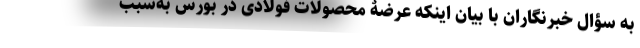
به سؤال خبرنگاران با بیان اینکه عرضۀ محصولات فولادی در بورس به‌سبب